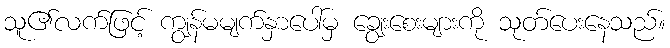
သူ၏လက်ဖြင့် ကျွန်မမျက်နှာပေါ်မှ ချွေးစေးများကို သုတ်ပေးနေသည်။